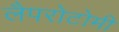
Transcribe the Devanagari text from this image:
लैपरोटोमी